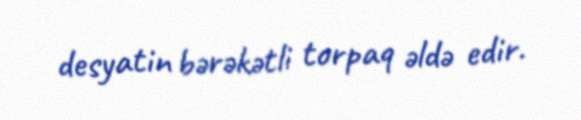
desyatin bərəkətli torpaq əldə edir.